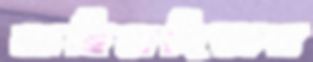
মাছিমদিয়ার